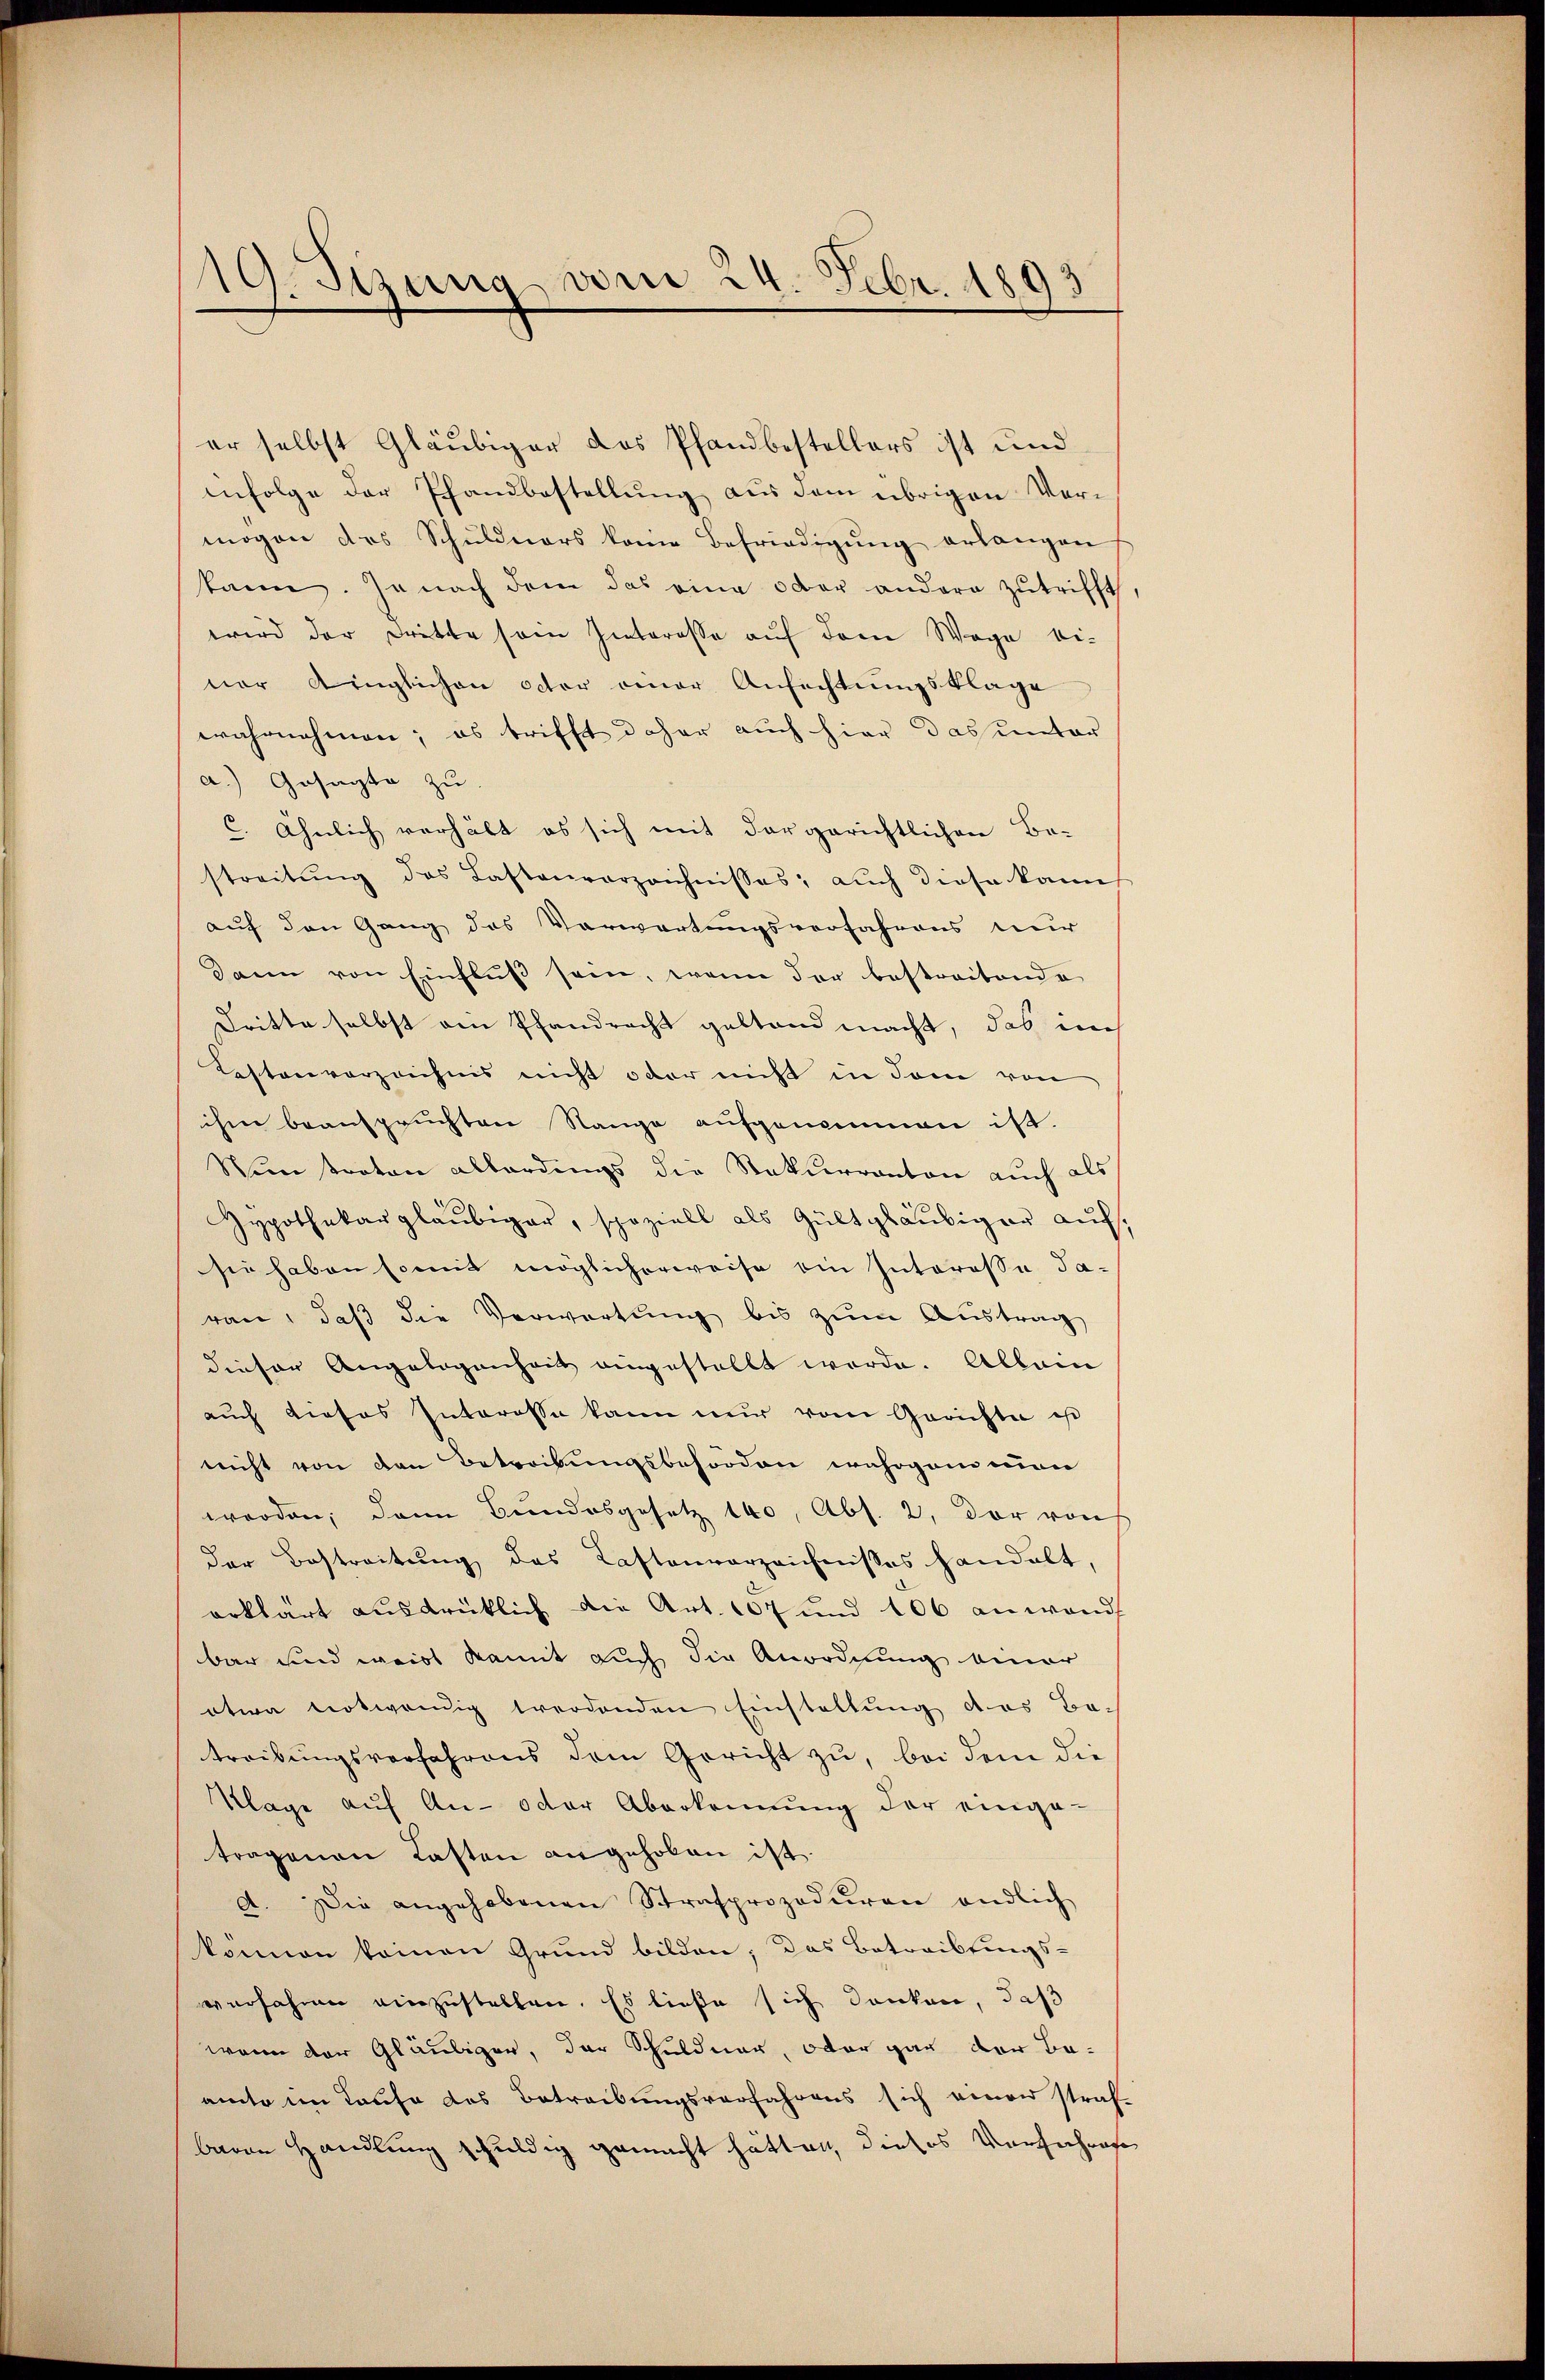
19. Setzung vom 24. Febr. 1893

er selbst Gläubiger des Pfandbestellers ist und
infolge der Pfandbestellung aus dem übrigen Vermögen des Schuldners keine Befriedigung erlangen
kann. Je nach dem das eine oder andern zutrifft
wird der dritte sein Interesse aŭf dem Wege ei-
ner dinglichen octor einer Ansichtungsklage
wahrnehmen; es trifft daher auch hier das unter
a.) Gesagte zu.
C. Ähnlich verhält es sich mit der gerichtlichen Be-
streitŭng des Lastenverzeichnisses, auch diese kann
auf den Gang des Verwartungsverfahrens nur
Dann von Einfluß sein, wenn der bestreitende
Dritte selbst ain Pfandrecht geltend macht, das im
Kestenverzeichnis nicht oder nicht in dem von
ihm beanspruchten Range aufgenommen ist.
Nun traton abbardings die Rekurranton auch als
Zypothekargläubiger, speziell als Gültgläubiger auf.
sie haben somit möglicherweise ein Interessa Ja-
ran, daβ die Verwartung bis zum Austrag
dieser Angelegenheit eingestellt werde. Allein
auch dieses Interesse kann nur vom Gerichte ist
nicht von den Betreibungsbehörden wahrgang mon
werden, dann Bundesgesetz 160, Abs. 2, der von
der Bestreitŭng des Kastenverzeichnisses handelt,
erklärt ausdrücklich die Art. 107 und 106 anwandt
bar und weist damit auch die Anordnung einer
etwa notwendig werdenden Einstellung des Betreibungsverfahrens dem Gericht zu, bei dem die
Klage auf An- oder Aberkennung der einge-
tragenen Kasten angehoben ist.
d. Die angehobenen Strafprozeduren endlich
können keinen Grund bilden; das Betreibtings-
verfahren einzustellen. Es ließe sich denken, daß
wenn der Gläubiger, der Schuldner, oder gar der Be-
amte im Laufe des Betreibungsverfahrens sich einer straf-
baren Handlung schuldig gemacht hätten, dieses Verfahres